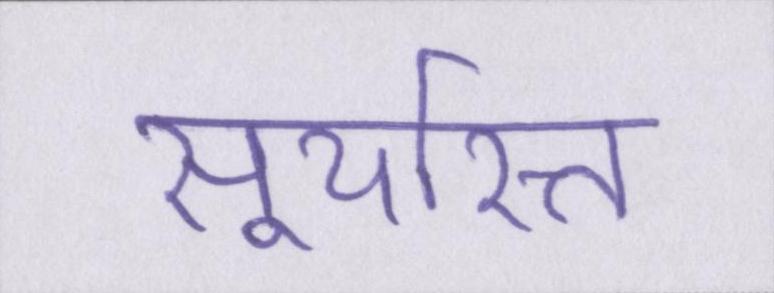
सूर्यास्त